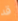
قد